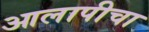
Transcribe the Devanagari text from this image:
आलापीचा